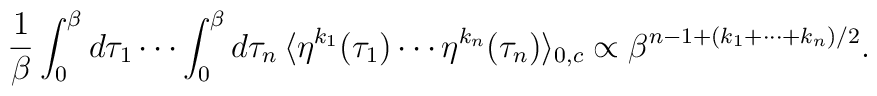
\frac{1}{\beta}\int_0^{\beta}d\tau_1\cdots\int_0^{\beta}d\tau_n\,\langle\eta^{k_1}(\tau_1)\cdots\eta^{k_n}(\tau_n)\rangle_{0,c}\propto\beta^{n-1+(k_1+\cdots+k_n)/2}.